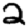
Digit: 2